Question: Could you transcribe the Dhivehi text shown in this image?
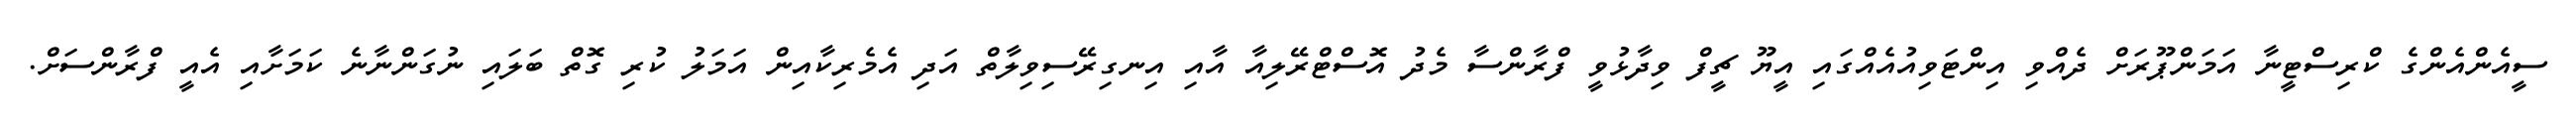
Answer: ސީއެންއެންގެ ކްރިސްޓީނާ އަމަންޕޫރަށް ދެއްވި އިންޓަވިއުއެއްގައި އީޔޫ ޗީފް ވިދާޅުވީ ފްރާންސާ މެދު އޮސްޓްރޭލިއާ އާއި އިނގިރޭސިވިލާތް އަދި އެމެރިކާއިން އަމަލު ކުރި ގޮތް ބަލައި ނުގަންނާނެ ކަމަށާއި އެއީ ފްރާންސަށް.